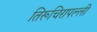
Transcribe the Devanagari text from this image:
तिरूचिरापल्‍ली